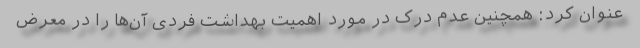
عنوان کرد: همچنین عدم درک در مورد اهمیت بهداشت فردی آن‌ها را در معرض